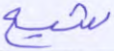
شيع